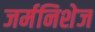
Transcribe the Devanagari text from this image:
जर्मनिशेज